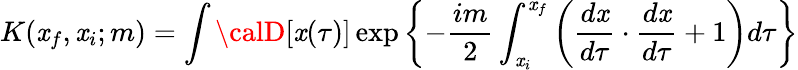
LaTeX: K(\mathit{x}_{f},\mathit{x}_{i};m)=\int{\calD}[\mathit{x}(\tau)]\exp\left\{ -\frac{{im}}{{2}}\int_{\mathit{x}_{i}}^{\mathit{x}_{f}}\left(\frac{{d\mathit{x}}}{{d\tau}}\cdot\frac{{d\mathit{x}}}{{d\tau}}+1\right)d\tau\right\}